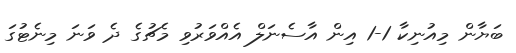
ބަޔާން މިއުނިކާ 1-1 އިން އާސެނަލް އެއްވަރުވި މެޗުގެ ދެ ވަނަ މިނެޓުގަ